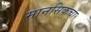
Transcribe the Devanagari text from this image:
मानसिकचा